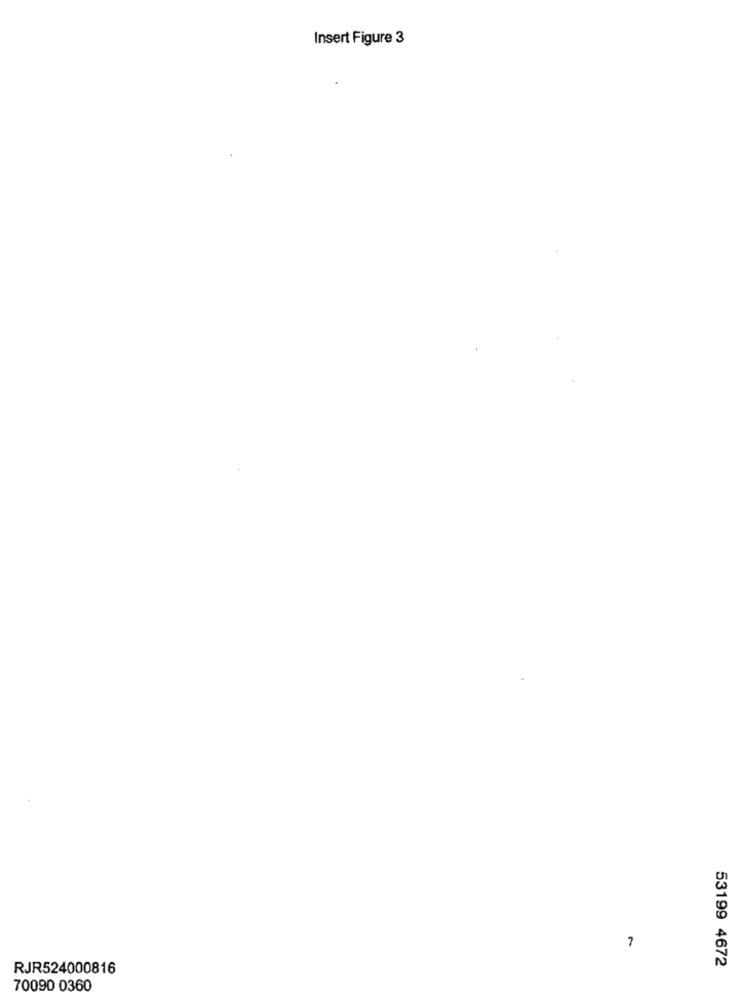
Insert Figure 3
7
RJR524000816
53199 4672
70090 0360